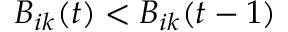
B _ { i k } ( t ) < B _ { i k } ( t - 1 )